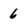
Character: 6